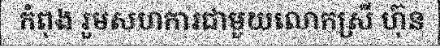
កំពុង រួមសហការជាមួយលោកស្រី ហ៊ុន